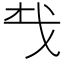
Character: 𢦔